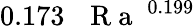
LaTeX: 0.173\, \mathrm{~\textit~{~R~a~}~}^{0.199}